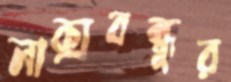
লাক্সবন্ধুর